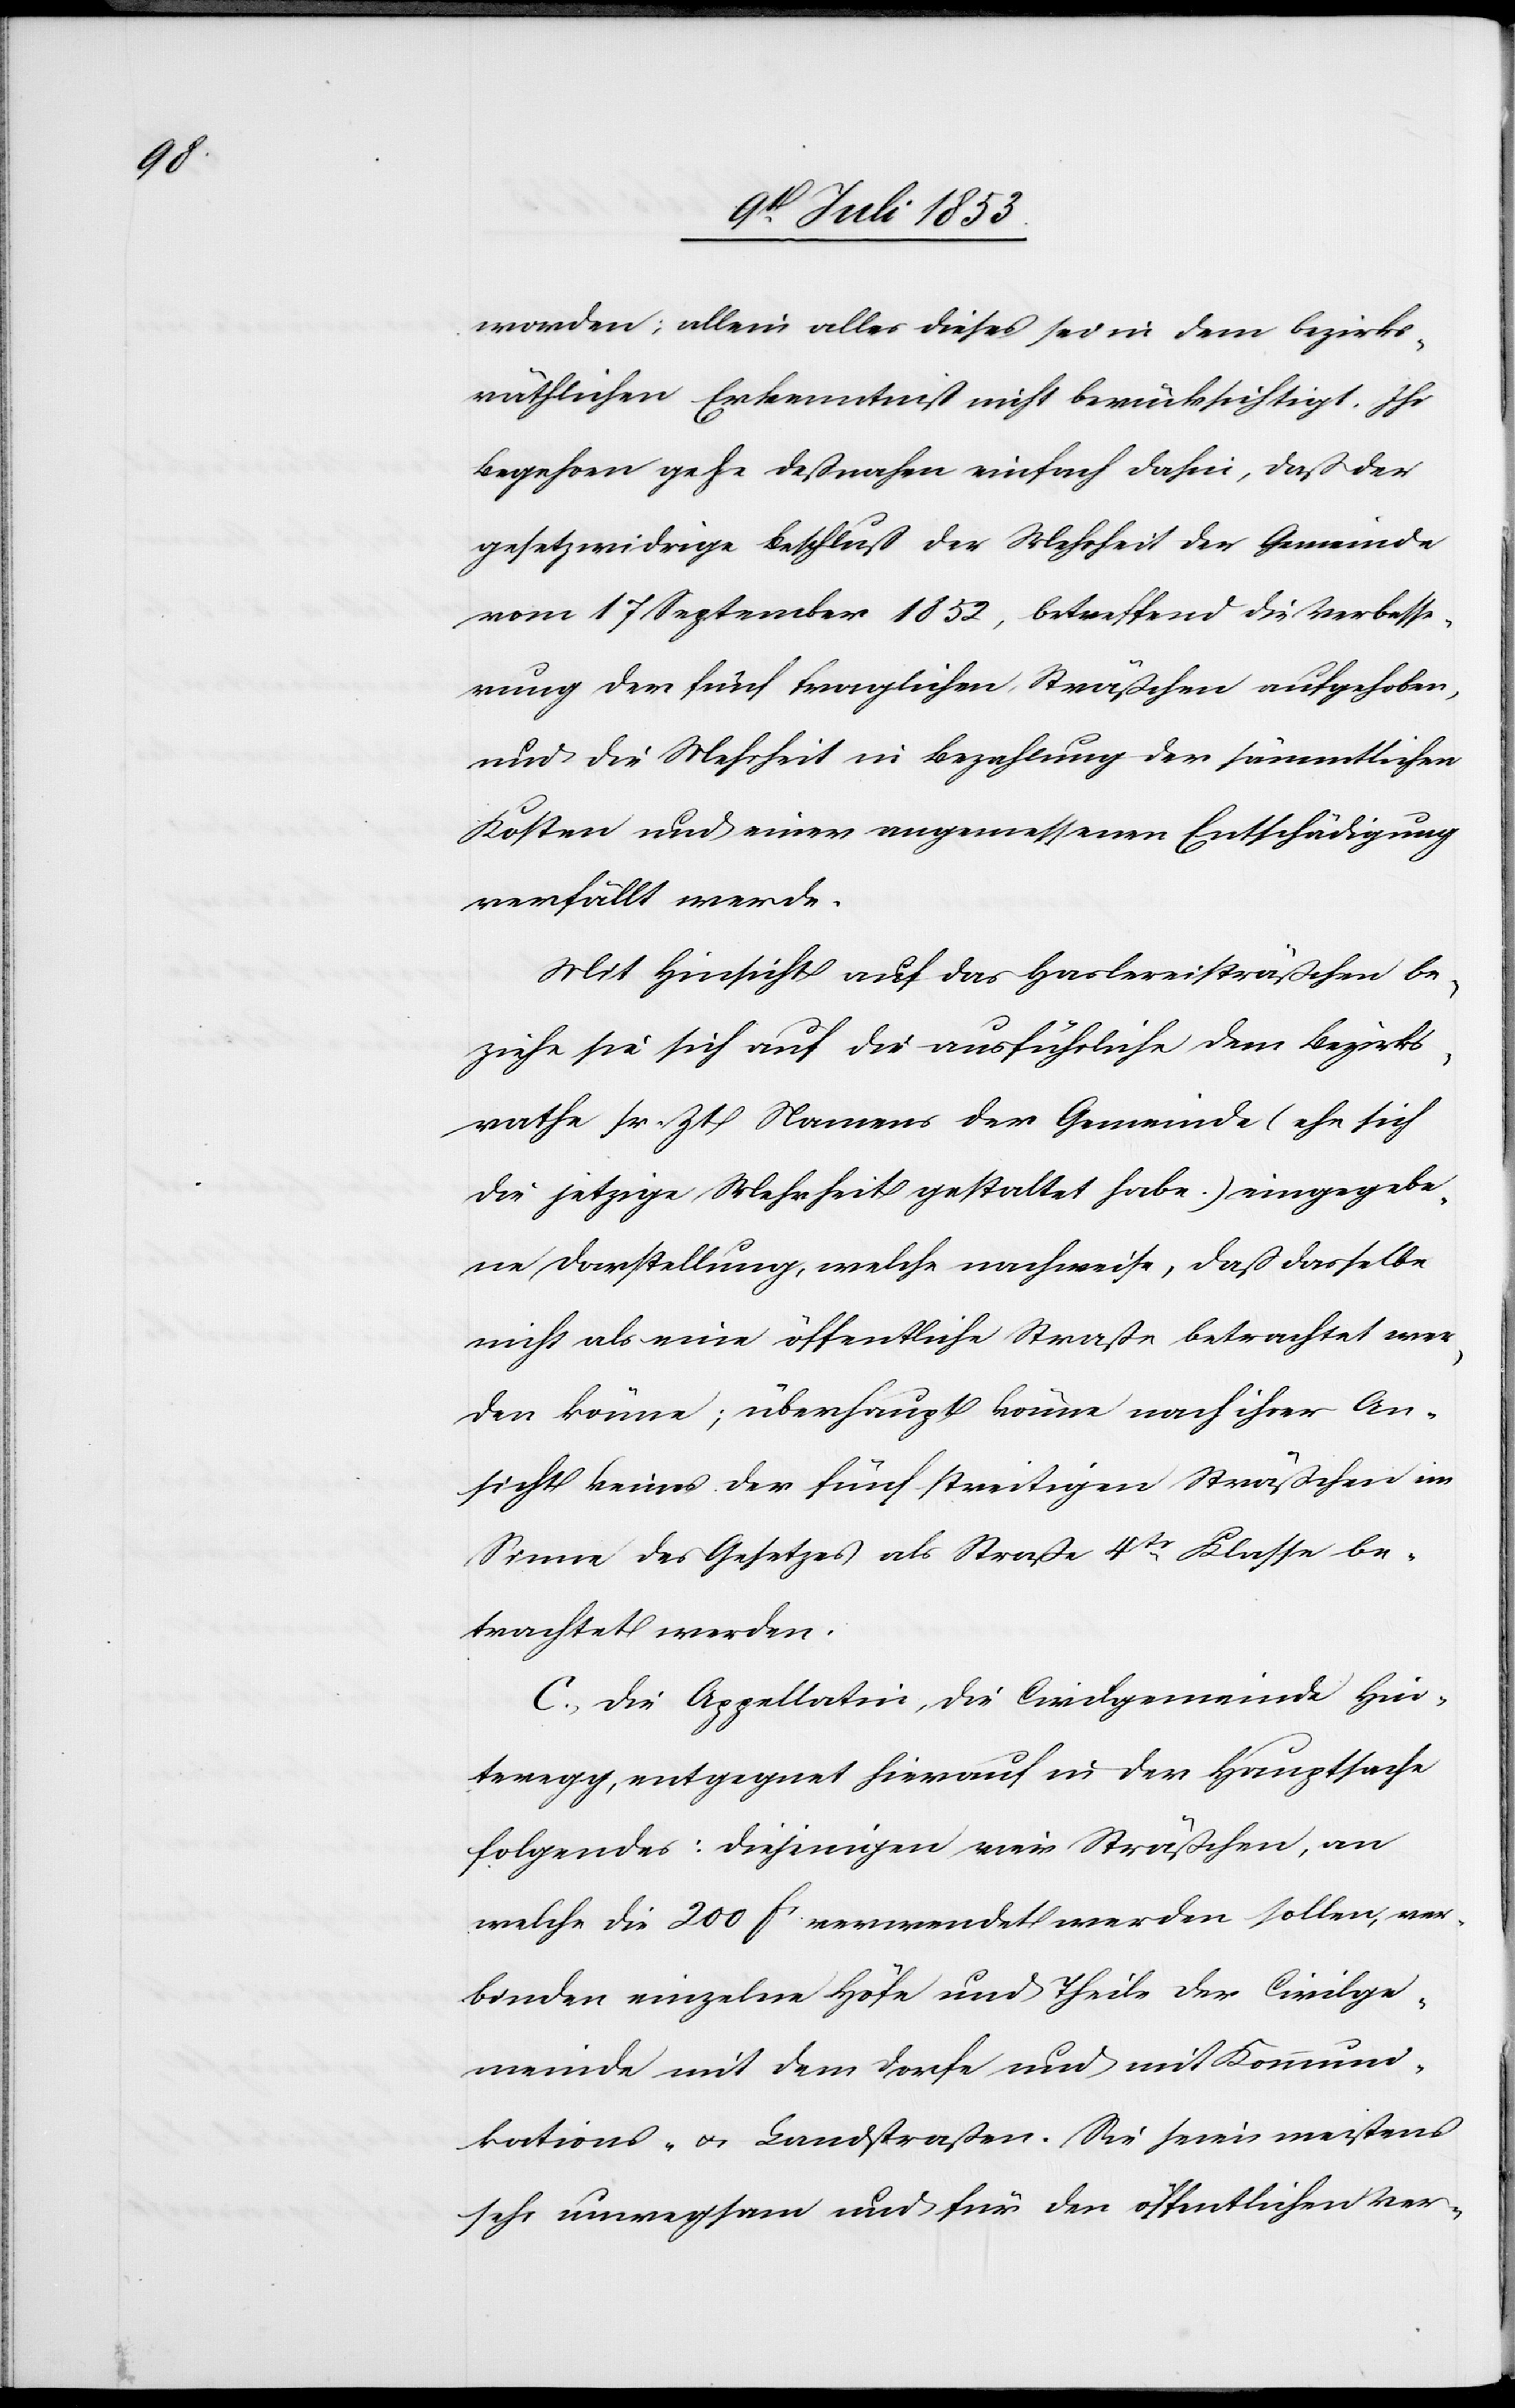
worden; allein alles dieses sei in dem bezirks¬
räthlichen Erkenntniß nicht berücksichtigt. Ihr
Begehren gehe deßnahen einfach dahin, daß der
gesetzwidrige Beschluß der Mehrheit der Gemeinde
vom 17 September 1852, betreffend die Verbesse¬
rung der fünf fraglichen Sträßchen aufgehoben,
und die Mehrheit in Bezahlung der sämmtlichen
Kosten und einer angemessenen Entschädigung
verfällt werde.
Mit Hinsicht auf das Haslereisträßchen be¬
ziehe sie sich auf die ausführliche dem Bezirks¬
rathe sr. Zt. Namens der Gemeinde (ehe sich
die jetzige Mehrheit gestaltet habe.) eingegebe¬
ne Darstellung, welche nachweise, daß dasselbe
nicht als eine öffentliche Straße betrachtet wer¬
den könne; überhaupt könne nach ihrer An¬
sicht keines der fünf streitigen Sträßchen im
Sinne des Gesetzes als Straße 4tr Klasse be¬
trachtet werden.
C. Die Appellatin, die Civilgemeinde Hin¬
teregg, entgegnet hierauf in der Hauptsache
folgendes: diejenigen vier Sträßchen, an
welche die 200 fs. verwendet werden sollen, ver¬
binden einzelne Höfe und Theile der Civilge¬
meinde mit dem Dorfe und mit Kommuni¬
kations- u. Landstraßen. Sie seien meistens
sehr unwegsam und für den öffentlichen Ver-